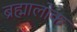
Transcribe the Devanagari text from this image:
ब्रह्मालोक